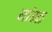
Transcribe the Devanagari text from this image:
मांढळ